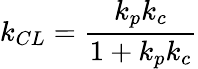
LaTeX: k_{CL}={\frac{k_{p}k_{c}}{1+k_{p}k_{c}}}